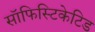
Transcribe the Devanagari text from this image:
सॉफिस्टिकेटिड